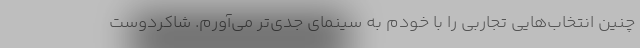
چنین انتخاب‌هایی تجاربی را با خودم به سینمای جدی‌تر می‌آورم. شاکردوست